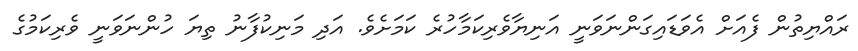
ރައްޔިތުން ފެއަށް އެވަޑައިގަންނަވަނީ އަނިޔާވެރިކަމާހުރެ ކަމަށެވެ. އަދި މަނިކުފާނު ތިޔަ ހުންނަވަނީ ވެރިކަމުގެ